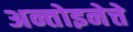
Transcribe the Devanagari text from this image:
अन्तोइनेत्ते